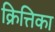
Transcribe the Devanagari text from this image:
क्रित्तिका